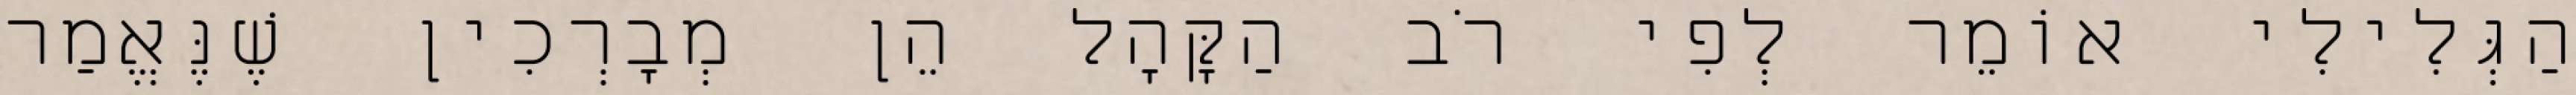
הַגְּלִילִי אוֹמֵר לְפִי רֹב הַקָּהָל הֵן מְבָרְכִין שֶׁנֶּאֱמַר